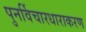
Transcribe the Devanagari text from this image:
पुनर्विचारधाराकरण